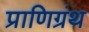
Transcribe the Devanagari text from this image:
प्राणिग्रंथ